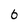
Character: 6